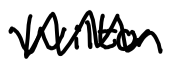
Text: Wilton
Cross-out: zig-zag
Writing tool: digital_black